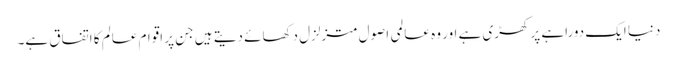
دنیا ایک دوراہے پر کھڑی ہے اور وہ عالمی اصول متزلزل دکھائے دیتے ہیں جن پر اقوام عالم کا اتفاق ہے۔